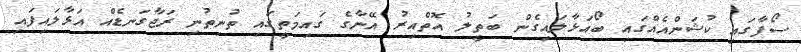
ސޯފާގައި ކުޝަންއެއްގައި ބޯއަޅާލައިގެން ބަތީލު އޮތްއިރު އޭނާގެ ގައިމަތީގައި ތުނިތުނި ރަޖާގަނޑެއް އަޅާލައިފައި